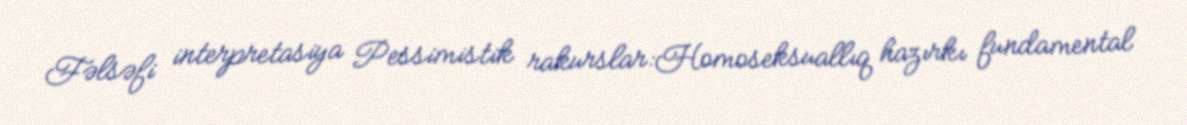
Fəlsəfi interpretasiya Pessimistik rakurslar:Homoseksuallıq hazırkı fundamental